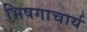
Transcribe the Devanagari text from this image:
भिषगाचार्य